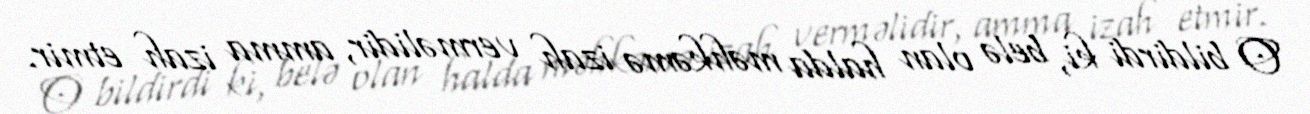
O bildirdi ki, belə olan halda məhkəmə izah verməlidir, amma izah etmir.